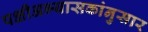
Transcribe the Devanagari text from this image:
पक्षीअभ्यासकांनुसार